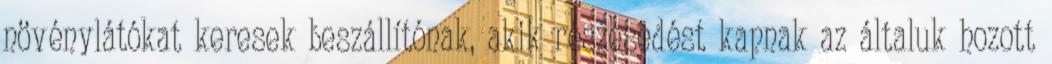
növénylátókat keresek beszállítónak, akik részesedést kapnak az általuk hozott